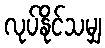
လုပ်နိုင်သမျှ